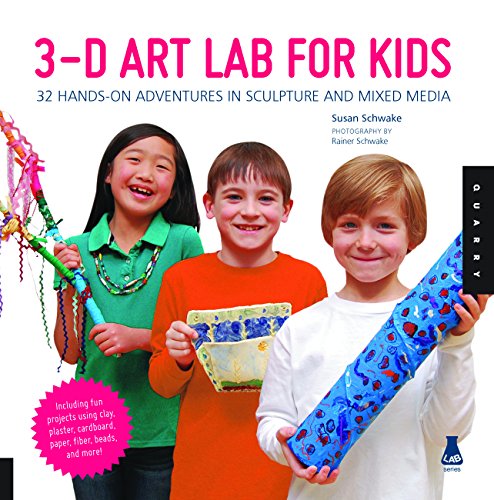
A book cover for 3D Art Lab for Kids: 32 Hands-on Adventures in Sculpture and Mixed Media - Including fun projects using clay, plaster, cardboard, paper, fiber beads and more! (Lab Series); Susan Schwake; Crafts, Hobbies & Home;